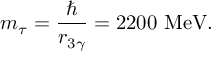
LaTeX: m _ { \tau } = \frac { \hbar } { r _ { 3 \gamma } } = 2 2 0 0 \ \mathrm { M e V } .